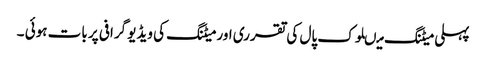
پہلی میٹنگ میںلوک پال کی تقرری اور میٹنگ کی ویڈیو گرافی پر بات ہوئی ۔